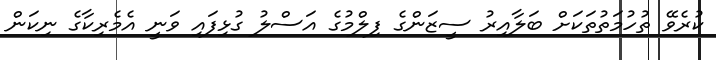
ކުރެވޭ ތުހުމަތުތަކަށް ބަލާއިރު ސީޒަންގެ ފިލްމުގެ އަސްލު ގުޅިފައި ވަނީ އެމެރިކާގެ ނިކަން